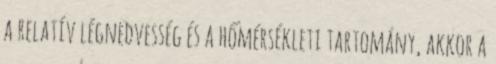
a relatív légnedvesség és a hőmérsékleti tartomány, akkor a